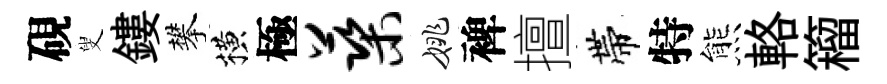
硯叟鏤攀横極蕖姚裨擅帶特熊輅籕